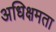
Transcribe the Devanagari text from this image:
अधिक्षमता